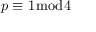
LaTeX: p \equiv 1 { \bmod { 4 } }